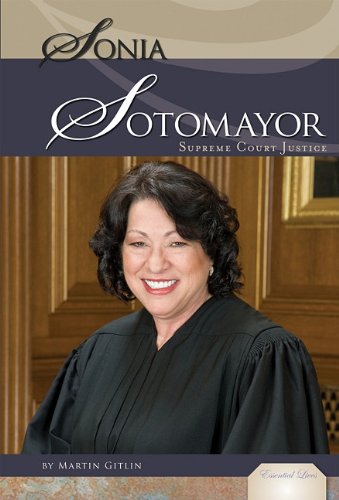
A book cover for Sonia Sotomayor: Supreme Court Justice (Essential Lives); Martin Gitlin; Teen & Young Adult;